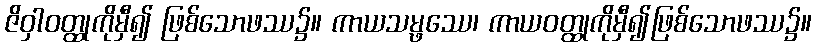
ဇိဝှါဝတ္ထုကိုမှီ၍ ဖြစ်သောဖဿ၌။ ကာယသမ္ဖဿေ၊ ကာယဝတ္ထုကိုမှီ၍ဖြစ်သောဖဿ၌။